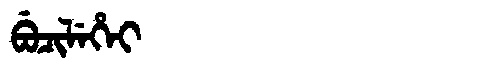
Manchu: ᠪᡠᠴᡳᠯᡝᡥᡝᡳ
Romanization: BUCILEHEI